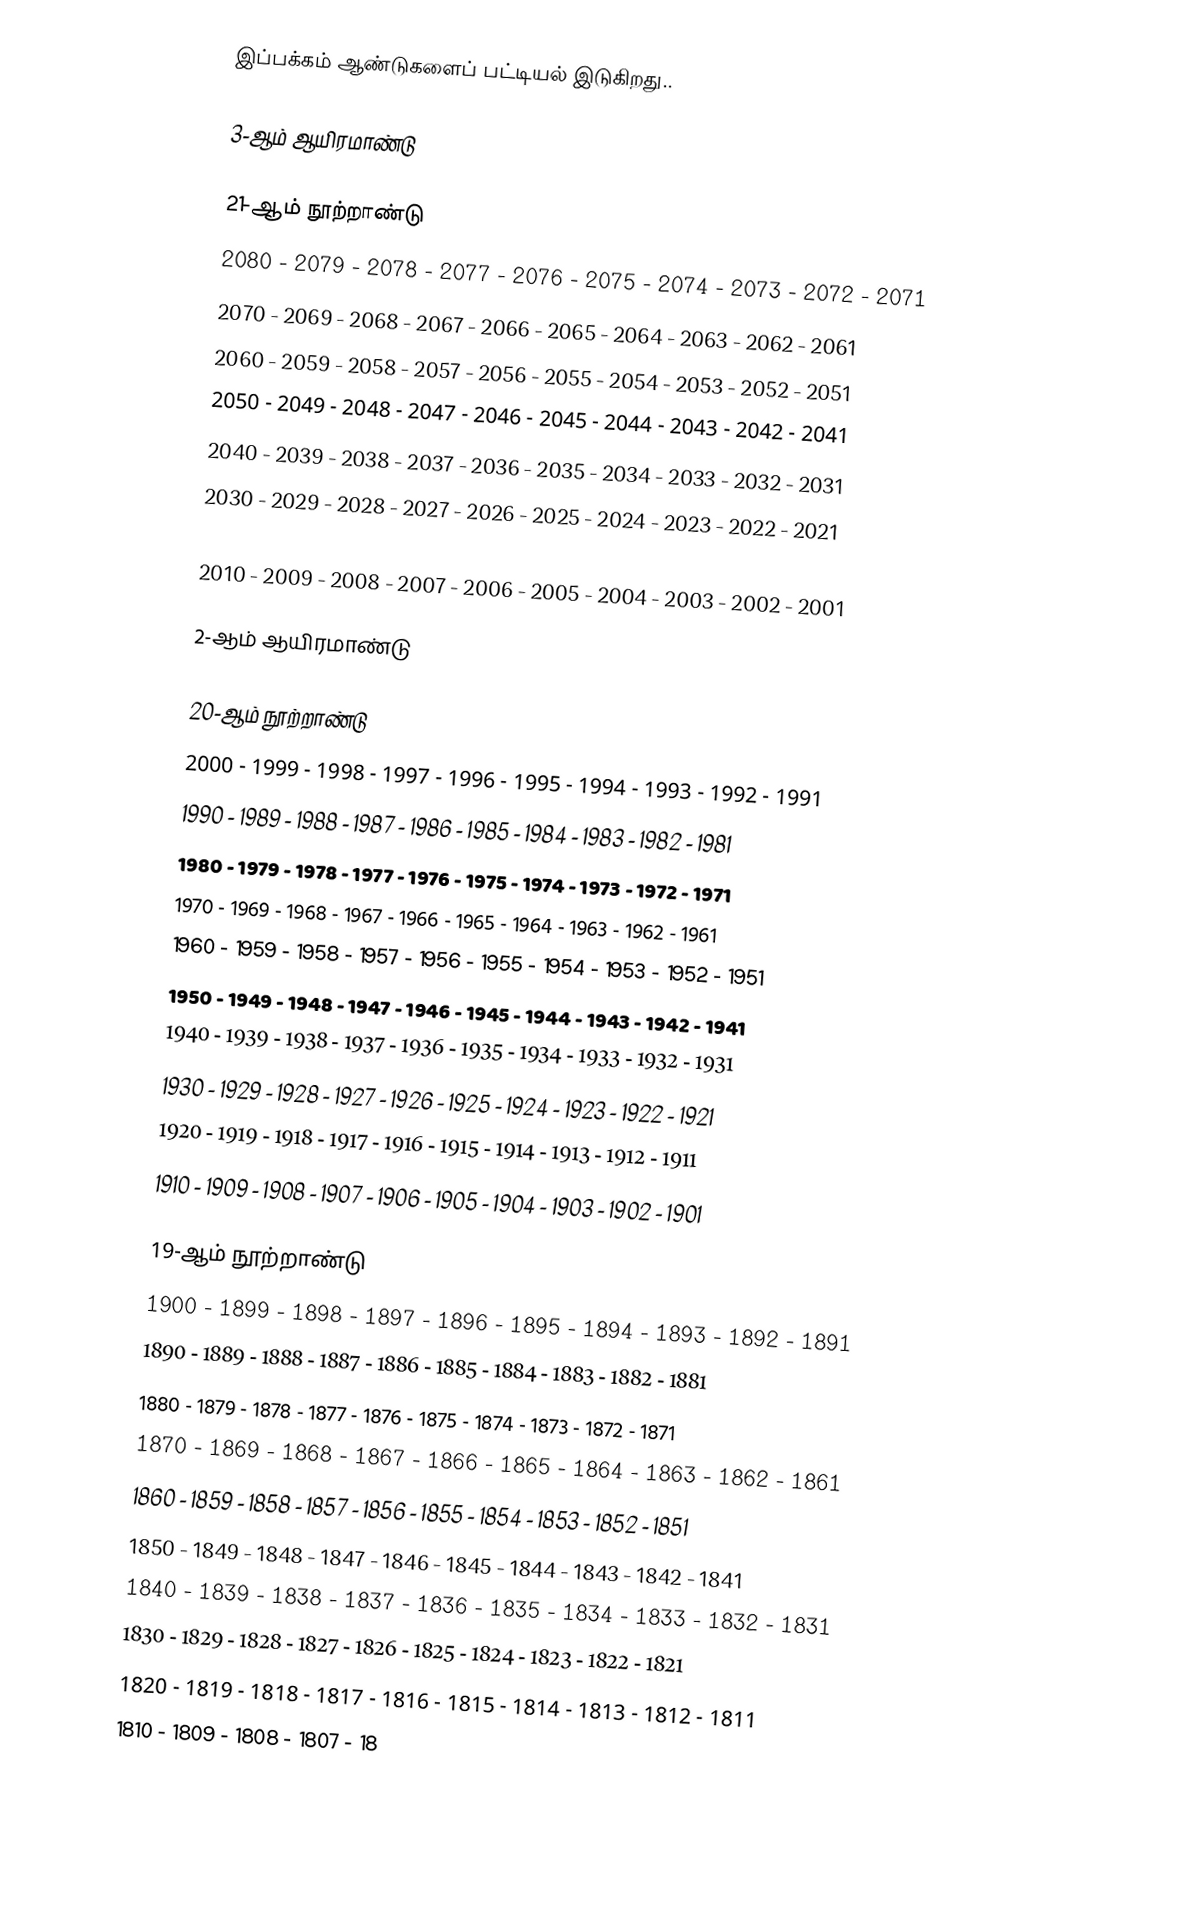
இப்பக்கம் ஆண்டுகளைப் பட்டியல் இடுகிறது..

3-ஆம் ஆயிரமாண்டு

21-ஆம் நூற்றாண்டு
2080 - 2079 - 2078 - 2077 - 2076 - 2075 - 2074 - 2073 - 2072 - 2071
2070 - 2069 - 2068 - 2067 - 2066 - 2065 - 2064 - 2063 - 2062 - 2061
2060 - 2059 - 2058 - 2057 - 2056 - 2055 - 2054 - 2053 - 2052 - 2051
2050 - 2049 - 2048 - 2047 - 2046 - 2045 - 2044 - 2043 - 2042 - 2041
2040 - 2039 - 2038 - 2037 - 2036 - 2035 - 2034 - 2033 - 2032 - 2031
2030 - 2029 - 2028 - 2027 - 2026 - 2025 - 2024 - 2023 - 2022 - 2021
2020 - 2019 - 2018 - 2017 - 2016 - 2015 - 2014 - 2013 - 2012 - 2011
2010 - 2009 - 2008 - 2007 - 2006 - 2005 - 2004 - 2003 - 2002 - 2001

2-ஆம் ஆயிரமாண்டு

20-ஆம் நூற்றாண்டு
2000 - 1999 - 1998 - 1997 - 1996 - 1995 - 1994 - 1993 - 1992 - 1991
1990 - 1989 - 1988 - 1987 - 1986 - 1985 - 1984 - 1983 - 1982 - 1981
1980 - 1979 - 1978 - 1977 - 1976 - 1975 - 1974 - 1973 - 1972 - 1971
1970 - 1969 - 1968 - 1967 - 1966 - 1965 - 1964 - 1963 - 1962 - 1961
1960 - 1959 - 1958 - 1957 - 1956 - 1955 - 1954 - 1953 - 1952 - 1951
1950 - 1949 - 1948 - 1947 - 1946 - 1945 - 1944 - 1943 - 1942 - 1941
1940 - 1939 - 1938 - 1937 - 1936 - 1935 - 1934 - 1933 - 1932 - 1931
1930 - 1929 - 1928 - 1927 - 1926 - 1925 - 1924 - 1923 - 1922 - 1921
1920 - 1919 - 1918 - 1917 - 1916 - 1915 - 1914 - 1913 - 1912 - 1911
1910 - 1909 - 1908 - 1907 - 1906 - 1905 - 1904 - 1903 - 1902 - 1901

19-ஆம் நூற்றாண்டு
1900 - 1899 - 1898 - 1897 - 1896 - 1895 - 1894 - 1893 - 1892 - 1891
1890 - 1889 - 1888 - 1887 - 1886 - 1885 - 1884 - 1883 - 1882 - 1881
1880 - 1879 - 1878 - 1877 - 1876 - 1875 - 1874 - 1873 - 1872 - 1871
1870 - 1869 - 1868 - 1867 - 1866 - 1865 - 1864 - 1863 - 1862 - 1861
1860 - 1859 - 1858 - 1857 - 1856 - 1855 - 1854 - 1853 - 1852 - 1851
1850 - 1849 - 1848 - 1847 - 1846 - 1845 - 1844 - 1843 - 1842 - 1841
1840 - 1839 - 1838 - 1837 - 1836 - 1835 - 1834 - 1833 - 1832 - 1831
1830 - 1829 - 1828 - 1827 - 1826 - 1825 - 1824 - 1823 - 1822 - 1821
1820 - 1819 - 1818 - 1817 - 1816 - 1815 - 1814 - 1813 - 1812 - 1811
1810 - 1809 - 1808 - 1807 - 18